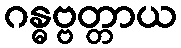
ဂန္ဓဗ္ဗတ္တာယ